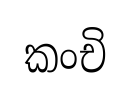
කංචි